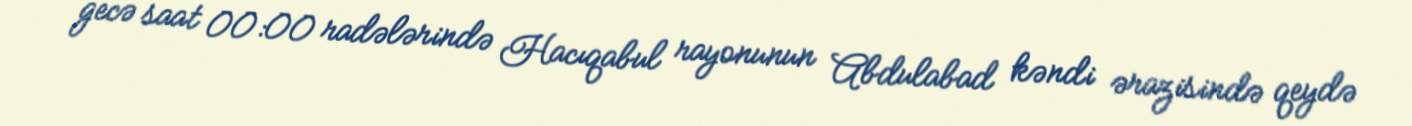
gecə saat 00:00 radələrində Hacıqabul rayonunun Abdulabad kəndi ərazisində qeydə